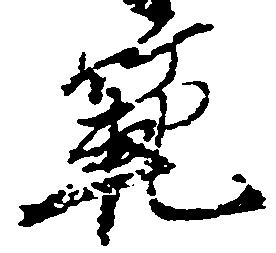
範